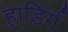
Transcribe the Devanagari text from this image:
हाडिर्गं